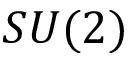
S U ( 2 )